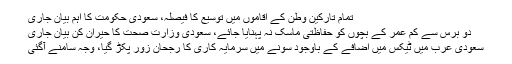
تمام تارکینِ وطن کے اقاموں میں توسیع کا فیصلہ، سعودی حکومت کا اہم بیان جاری
دو برس سے کم عمر کے بچوں کو حفاظتی ماسک نہ پہنایا جائے، سعودی وزارت صحت کا حیران کن بیان جاری
سعودی عرب میں ٹیکس میں اضافے کے باوجود سونے میں سرمایہ کاری کا رجحان زور پکڑ گیا، وجہ سامنے آگئی